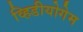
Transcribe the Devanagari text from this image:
व्हिडीयोगेम